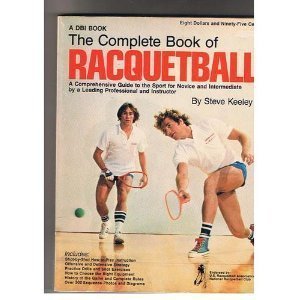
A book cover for The complete book of racquetball by Keeley, Steve (1976) Paperback; Steve Keeley; Sports & Outdoors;